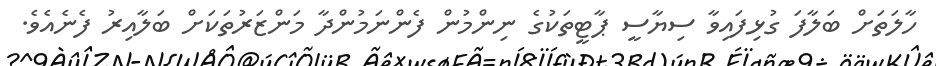
ހާލަތަށް ބަލާފަ ގުޅިފައިވާ ސިޔާސީ ޕާޓީތަކުގެ ނިންމުން ފެންނަމުންދާ މަންޒަރުތަކަށް ބަލާއިރު ފެނެއެވެ.